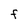
Character: F